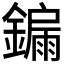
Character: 𮣀